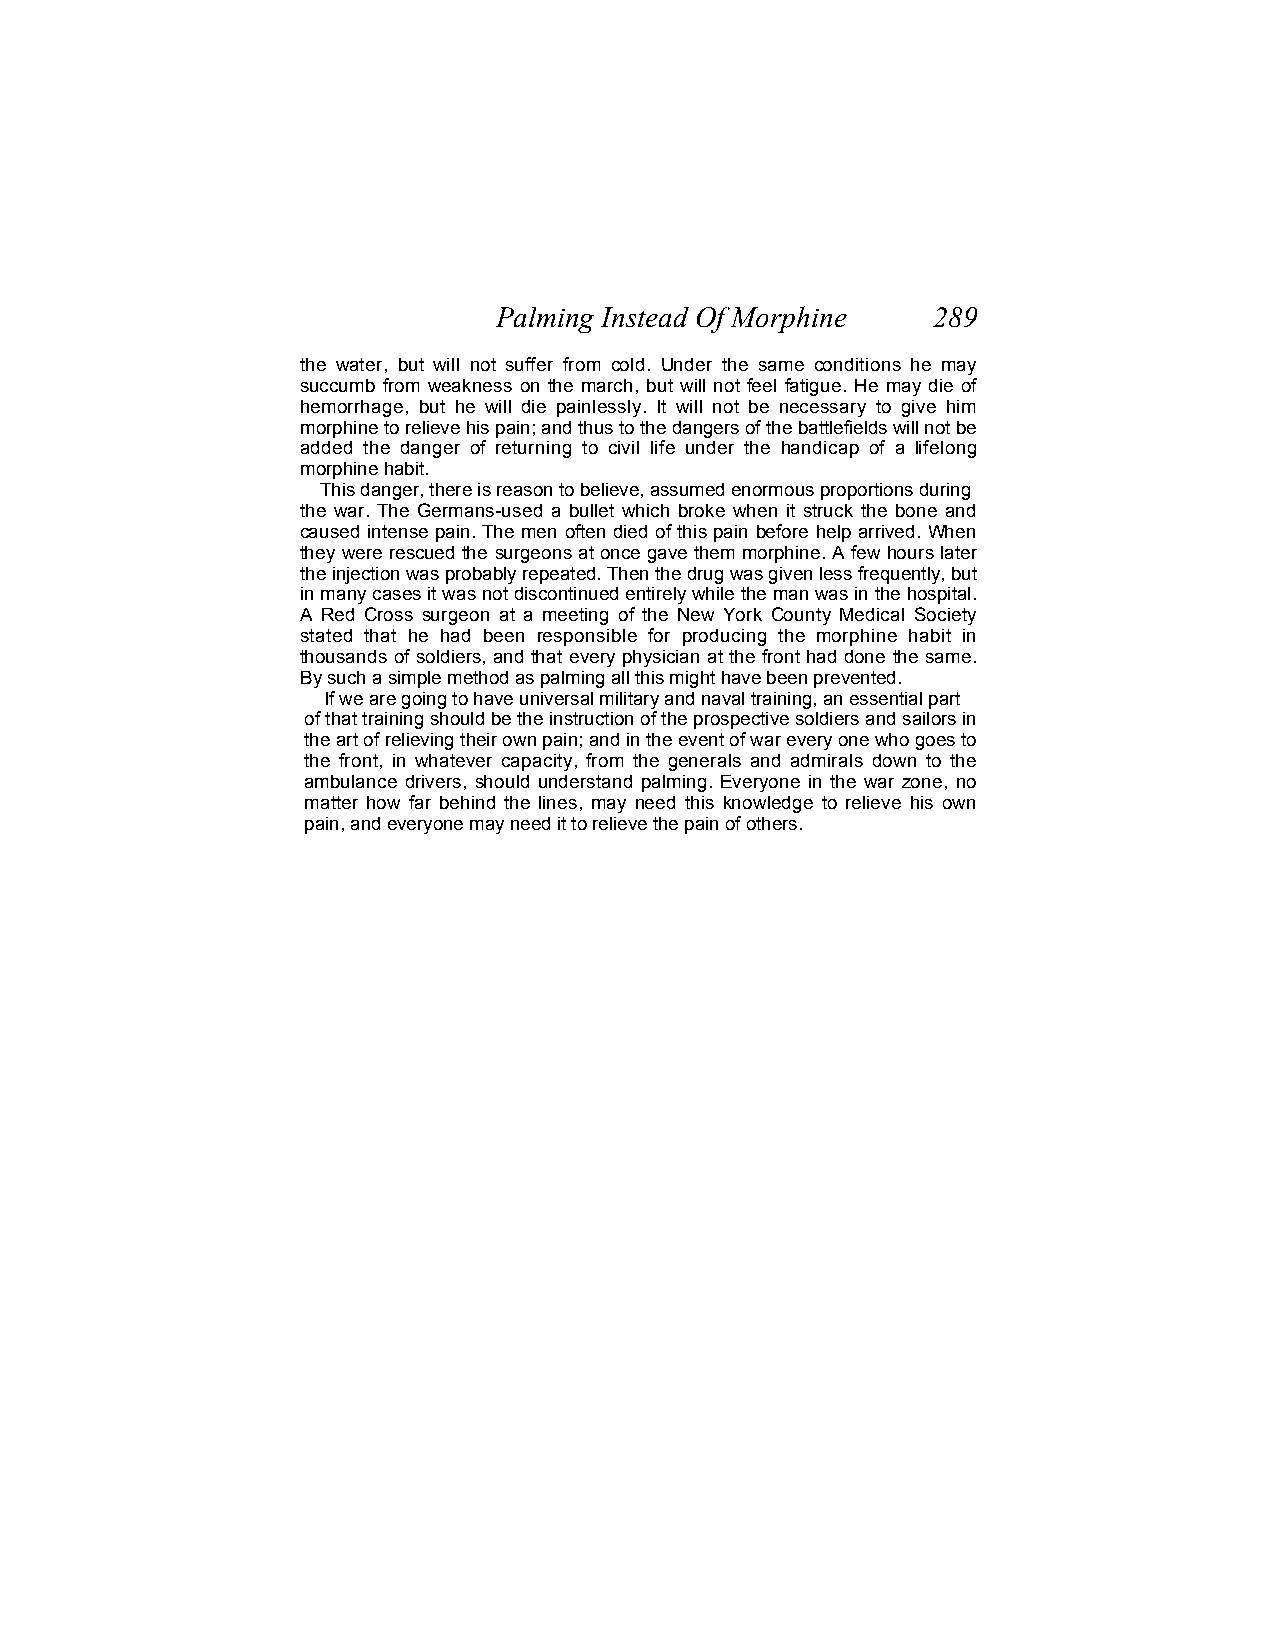
Palming Instead Of Morphine  289
 the water, but will not suffer from cold. Under the same conditions he may
 succumb from weakness on the march, but will not feel fatigue. He may die of
 hemorrhage, but he will die painlessly. It will not be necessary to give him
 morphine to relieve his pain; and thus to the dangers of the battlefields will not be
 added the danger of returning to civil life under the handicap of a lifelong
 morphine habit.
 This danger, there is reason to believe, assumed enormous proportions during
 the war. The Germans-used a bullet which broke when it struck the bone and
 caused intense pain. The men often died of this pain before help arrived. When
 they were rescued the surgeons at once gave them morphine. A few hours later
 the injection was probably repeated. Then the drug was given less frequently, but
 in many cases it was not discontinued entirely while the man was in the hospital.
 A Red Cross surgeon at a meeting of the New York County Medical Society
 stated that he had been responsible for producing the morphine habit in
 thousands of soldiers, and that every physician at the front had done the same.
 By such a simple method as palming all this might have been prevented.
 If we are going to have universal military and naval training, an essential part
 of that training should be the instruction of the prospective soldiers and sailors in
 the art of relieving their own pain; and in the event of war every one who goes to
 the front, in whatever capacity, from the generals and admirals down to the
 ambulance drivers, should understand palming. Everyone in the war zone, no
 matter how far behind the lines, may need this knowledge to relieve his own
 pain, and everyone may need it to relieve the pain of others.